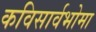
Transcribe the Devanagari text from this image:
कविसार्वभोमा